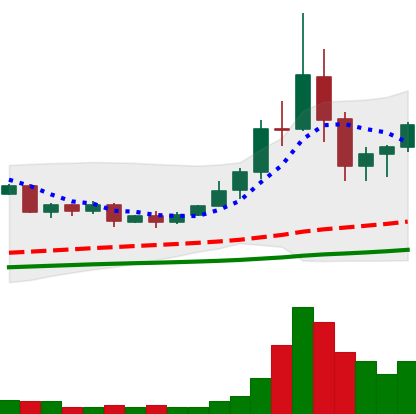
Ticker: TRX-USD
Chart end date: 2020-09-08
Forward return: -12.623%
Label: down_7plus